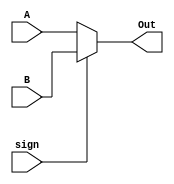
module Mux_1b_2to1(A, B, sign, Out);
	
	input A, B, sign;
	output Out;
	
	assign Out = sign ? B : A;
	
endmodule